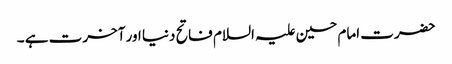
حضرت امام حسین علیہ السلام فاتح دنیا اور آخرت ہے ۔